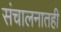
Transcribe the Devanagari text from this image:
संचालनातही